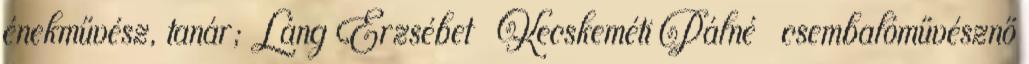
énekművész, tanár; Láng Erzsébet Kecskeméti Pálné csembalóművésznő